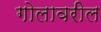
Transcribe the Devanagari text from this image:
गोलावरील